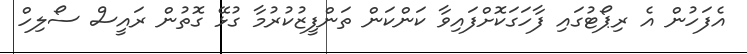
އެފަހުން އެ ރިޕޯޓުގައި ފާހަގަކޮށްފައިވާ ކަންކަން ތަންފީޒުކުރުމާ ގުޅޭ ގޮތުން ރައީސް ސޯލިހް